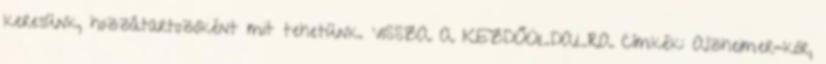
keresünk, hozzátartozóként mit tehetünk. VISSZA A KEZDŐOLDALRA Címkék: Alzheimer-kór,